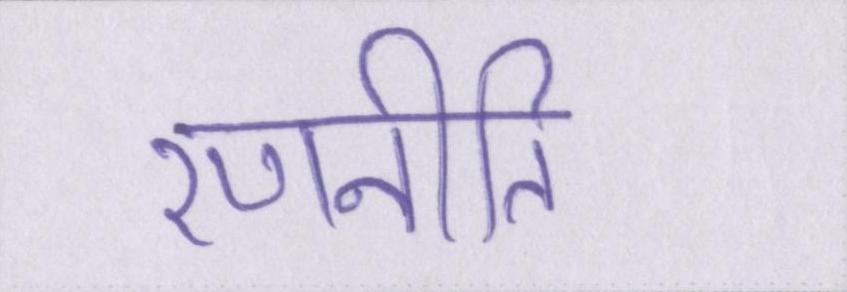
रणनीति